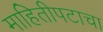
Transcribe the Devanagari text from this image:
माहितीपटाचा